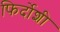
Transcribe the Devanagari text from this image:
फिर्दोशी